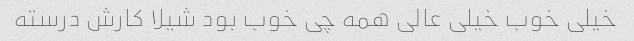
خیلی خوب خیلی عالی همه چی خوب بود شیلا کارش درسته